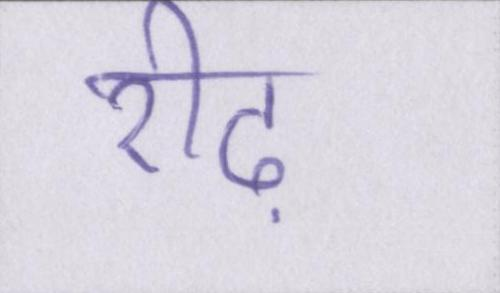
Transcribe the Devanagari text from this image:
रीढ़